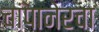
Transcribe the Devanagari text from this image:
चांपानेरचा